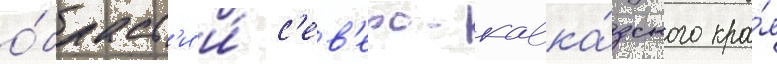
о́бласт'и и́ с'ев'еро-кавка́зского кра́я